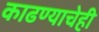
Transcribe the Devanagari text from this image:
काढण्याचेही